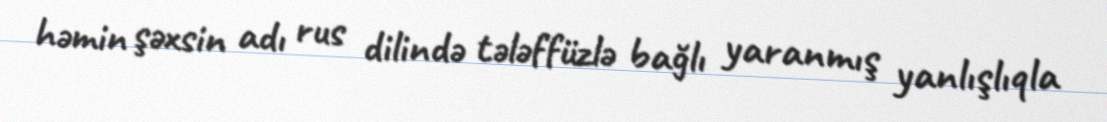
həmin şəxsin adı rus dilində tələffüzlə bağlı yaranmış yanlışlıqla